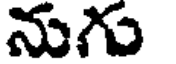
నుగు